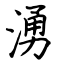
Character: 湧